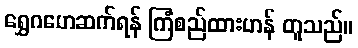
ရွှေဂဟေဆက်ရန် ကြံစည်ထားဟန် တူသည်။